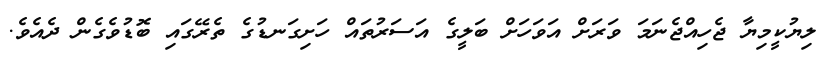
ލިޔުކީމިޔާ ޖެހިއްޖެނަމަ ވަރަށް އަވަހަށް ބަލީގެ އަސަރުތައް ހަށިގަނޑުގެ ތެރޭގައި ބޮޑުވެގެން ދެއެވެ.